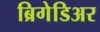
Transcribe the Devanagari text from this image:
ब्रिगेडिअर